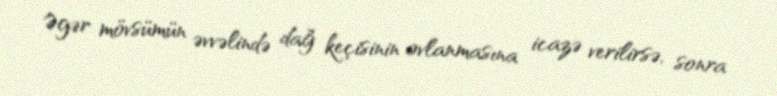
Əgər mövsümün əvvəlində dağ keçisinin ovlanmasına icazə verilirsə, sonra